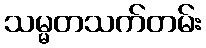
သမ္မတသက်တမ်း